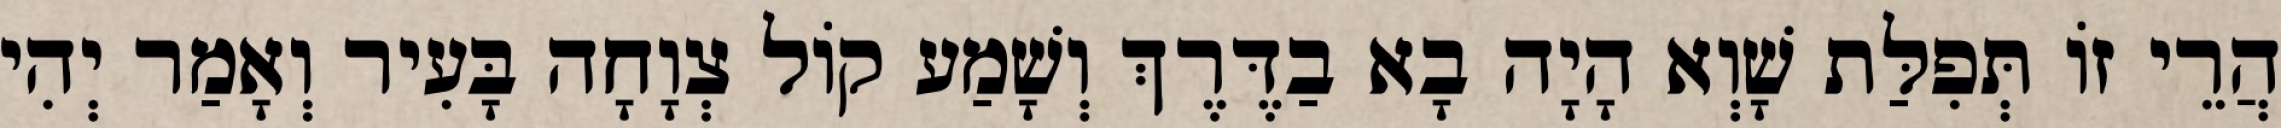
הֲרֵי זוֹ תְּפִלַּת שָׁוְא הָיָה בָא בַדֶּרֶךְ וְשָׁמַע קוֹל צְוָחָה בָּעִיר וְאָמַר יְהִי